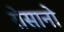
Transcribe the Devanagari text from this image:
रोसानो